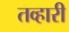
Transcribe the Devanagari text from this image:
तव्हारी